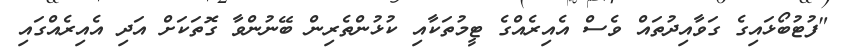
"ފުޓުބޯޅައިގެ ގަވާއިދުތައް ވެސް އެއިރެއްގެ ޓީމުތަކާއި ކުޅުންތެރިން ބޭނުންވާ ގޮތަކަށް އަދި އެއިރެއްގައި